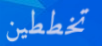
تخططين